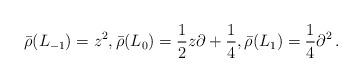
LaTeX: \begin{align*}\bar{\rho}(L_{-1})= z^2, \bar{\rho}(L_0)= \frac1{2}z \partial +\frac14, \bar{\rho}(L_{1})= \frac1{4}\partial^2 \, .\end{align*}